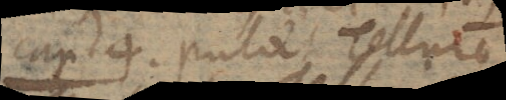
Cap. 4. Putat tellurem